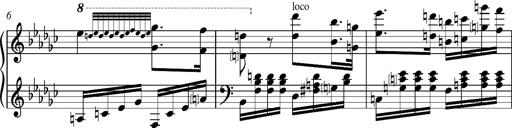
Title: Glasgow fragment, S.701f
Composer: Franz Liszt
Key: E-flat minor